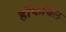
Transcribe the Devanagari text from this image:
हॉफबिल